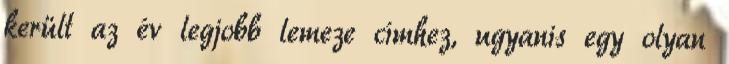
került az év legjobb lemeze címhez, ugyanis egy olyan